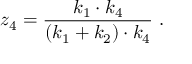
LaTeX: z _ { 4 } = \frac { k _ { 1 } \cdot k _ { 4 } } { ( k _ { 1 } + k _ { 2 } ) \cdot k _ { 4 } } \ .